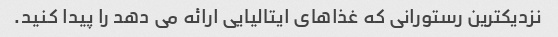
نزدیکترین رستورانی که غذاهای ایتالیایی ارائه می دهد را پیدا کنید.